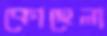
কোহেলা